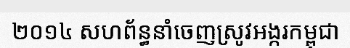
២០១៤ សហព័ន្ធនាំចេញស្រូវអង្ករកម្ពុជា